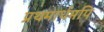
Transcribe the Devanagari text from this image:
प्रथमार्धमपि